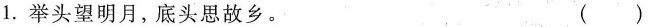
1.举头望明月，底头思故乡。（ ）